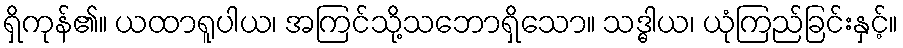
ရှိကုန်၏။ ယထာရူပါယ၊ အကြင်သို့သဘောရှိသော။ သဒ္ဓါယ၊ ယုံကြည်ခြင်းနှင့်။